Cholera in southern India
Disease focus: Cholera
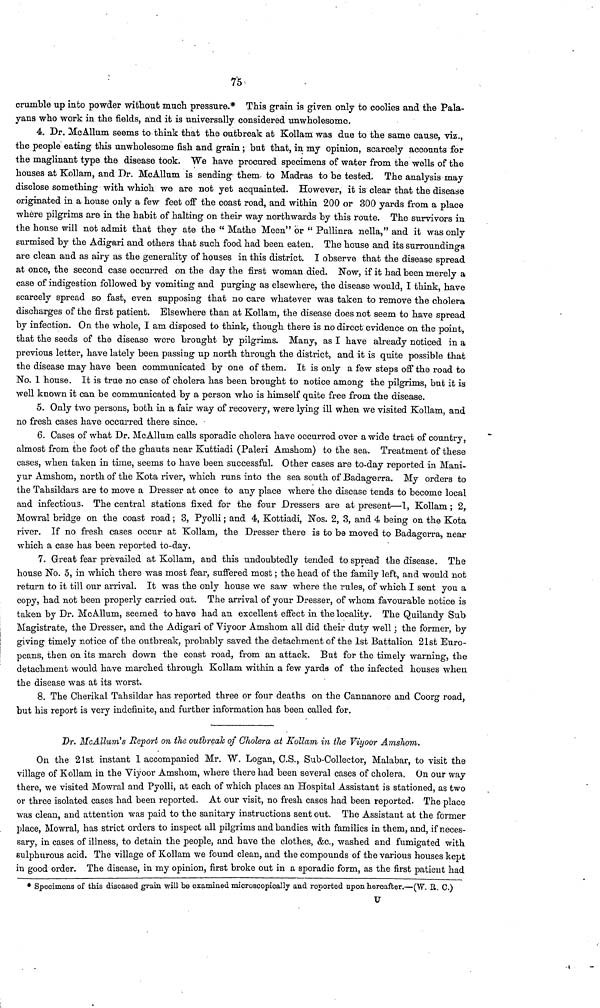
75
crumble up into powder without much pressure.* This grain is given only to coolies and the Pala-
yans who work in the fields, and it is universally considered unwholesome.
4. Dr. McAllum seems to think that the outbreak at Kollam was due to the same cause, viz.,
the people eating this unwholesome fish and grain ; but that, in my opinion, scarcely accounts for
the maglinant type the disease took. We have procured specimens of water from the wells of the
houses at Kollam, and Dr. McAllum is sending them, to Madras to be tested. The analysis may
disclose something with which we are not yet acquainted. However, it is clear that the disease
originated in a house only a few feet off the coast road, and within 200 or 300 yards from a place
where pilgrims are in the habit of halting on their way northwards by this route. The survivors in
the house will not admit that they ate the " Mathe Meen" or " Pullinra nella," and it was only
surmised by the Adigari and others that such food had been eaten. The house and its surroundings
are clean and as airy as the generality of houses in this district. I observe that the disease spread
at once, the second case occurred on the day the first woman died. Now, if it had been merely a
case of indigestion followed by vomiting and purging as elsewhere, the disease would, I think, have
scarcely spread so fast, even supposing that no care whatever was taken to remove the cholera
discharges of the first patient. Elsewhere than at Kollam, the disease does not seem to have spread
by infection. On the whole, I am disposed to think, though there is no direct evidence on the point,
that the seeds of the disease were brought by pilgrims. Many, as I have already noticed in a
previous letter, have lately been passing up north through the district, and it is quite possible that
the disease may have been communicated by one of them. It is only a few steps off the road to
No. 1 house. It is true no case of cholera has been brought to notice among the pilgrims, but it is
well known it can be communicated by a person who is himself quite free from the disease.
5. Only two persons, both in a fair way of recovery, were lying ill when we visited Kollam, and
no fresh cases have occurred there since. •
6. Cases of what Dr. McAllum calls sporadic cholera have occurred over a wide tract of country,
almost from the foot of the ghauts near Kuttiadi (Paleri Amshom) to the sea. Treatment of these
cases, when taken in time, seems to have been successful. Other cases are to-day reported in Mani-
yur Amshom, north of the Kota river, which runs into the sea south of Badagerra. My orders to
the Tahsildars are to move a Dresser at once to any place where the disease tends to become local
and infectious. The central stations fixed for the four Dressers are at present—1, Kollam ; 2,
Mowral bridge on the coast road ; 3, Pyolli ; and 4, Kottiadi, Nos. 2, 3, and 4 being on the Kota
river. If no fresh cases occur at Kollam, the Dresser there is to be moved to Badagerra, near
which a case has been reported to-day.
7. Great fear prevailed at Kollam, and this undoubtedly tended to spread the disease. The
house No. 5, in which there was most fear, suffered most ; the head of the family left, and would not
return to it till our arrival. It was the only house we saw where the rules, of which I sent you a
copy, had not been properly carried out. The arrival of your Dresser, of whom favourable notice is
taken by Dr. McAllum, seemed to have had an excellent effect in the locality. The Quilandy Sub
Magistrate, the Dresser, and the Adigari of Viyoor Amshom all did their duty well ; the former, by
giving timely notice of the outbreak, probably saved the detachment of the 1st Battalion 21st Euro-
peans, then on its march down the coast road, from an attack. But for the timely warning, the
detachment would have marched through Kollam within a few yards of the infected houses when
the disease was at its worst.
8. The Cherikal Tahsildar has reported three or four deaths on the Cannanore and Coorg road,
but his report is very indefinite, and further information has been called for.
Dr. McAllum's Report on the outbreak of Cholera at Kollam in the Viyoor Amshom.
On the 21st instant 1 accompanied Mr. W. Logan, C.S., Sub-Collector, Malabar, to visit the
village of Kollam in the Viyoor Amshom, where there had been several cases of cholera. Un our way
there we visited Mowral and Pyolli, at each of which places an Hospital Assistant is stationed, as two
or three isolated cases had been reported. At our visit, no fresh cases had been reported. The place
was clean, and attention was paid to the sanitary instructions sent out. The Assistant at the former
place, Mowral, has strict orders to inspect all pilgrims and bandies with families in them, and, if neces-
sary, in cases of illness, to detain the people, and have the clothes, &c, washed and fumigated with
sulphurous acid. The village of Kollam we found clean, and the compounds of the various houses kept
in good order. The disease, in my opinion, first broke out in a sporadic form, as the first patient had
* Specimens of this diseased grain will be examined microscopically and reported upon hereafter.—(W. R. C.)
U